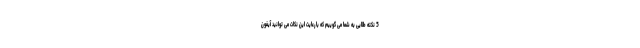
5 نکته طلایی به شما می گوییم که با رعایت این نکات می توانید آیفون